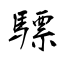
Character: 驃